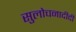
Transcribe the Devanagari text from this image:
सुलोचनादीदी